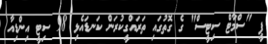
ޕީ "ސްމާޓް ސިޓީސް" ގެ ގޮތުގައި ތަރައްގީކުރަން ކަނޑައެޅި 98 ސިޓީ އިންޑިއާ